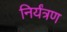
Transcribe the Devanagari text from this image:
निर्यंत्रण